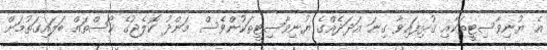
އެ ޔުނިވާސިޓީތަކާއި ގުޅިފައިވާ ގިނަ އަދަދެއްގެ ޔުނިވާސިޓީތަކުންވެސް މަންދު ކޮލެޖުގެ ކޯސްތައް ބަލައިގަތުމަށް